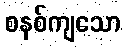
စနစ်ကျသော